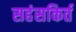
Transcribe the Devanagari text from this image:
सहंसकिर्त